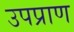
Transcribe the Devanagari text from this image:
उपप्राण